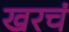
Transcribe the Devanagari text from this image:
खरचं